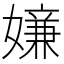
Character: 𡡫